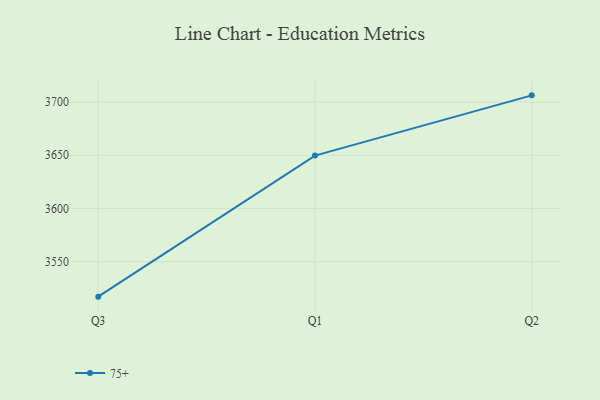
{"axis": {"x": "Quarter", "y": "Shipments"}, "legend": ["75+"], "data": [{"x": "Q3", "y": 3517.0, "type": "75+"}, {"x": "Q1", "y": 3649.7, "type": "75+"}, {"x": "Q2", "y": 3706.4, "type": "75+"}]}